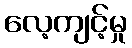
လေ့ကျင့်မှု